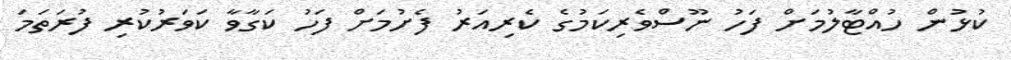
ކުޅުން ހުއްޓާލުމަށް ފަހު ނޫސްވެރިކަމުގެ ކެރިއަރު ފެށުމަށް ފަހު ކަގާވާ ކަވަރުކުރި ފުރަތަމަ